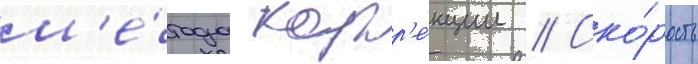
м'е́тода корр'е́кции // Ско́рость